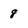
Character: 8